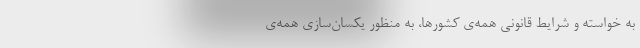
به خواسته و شرایط قانونی همه‌ی کشورها، به منظور یکسان‌سازی همه‌ی